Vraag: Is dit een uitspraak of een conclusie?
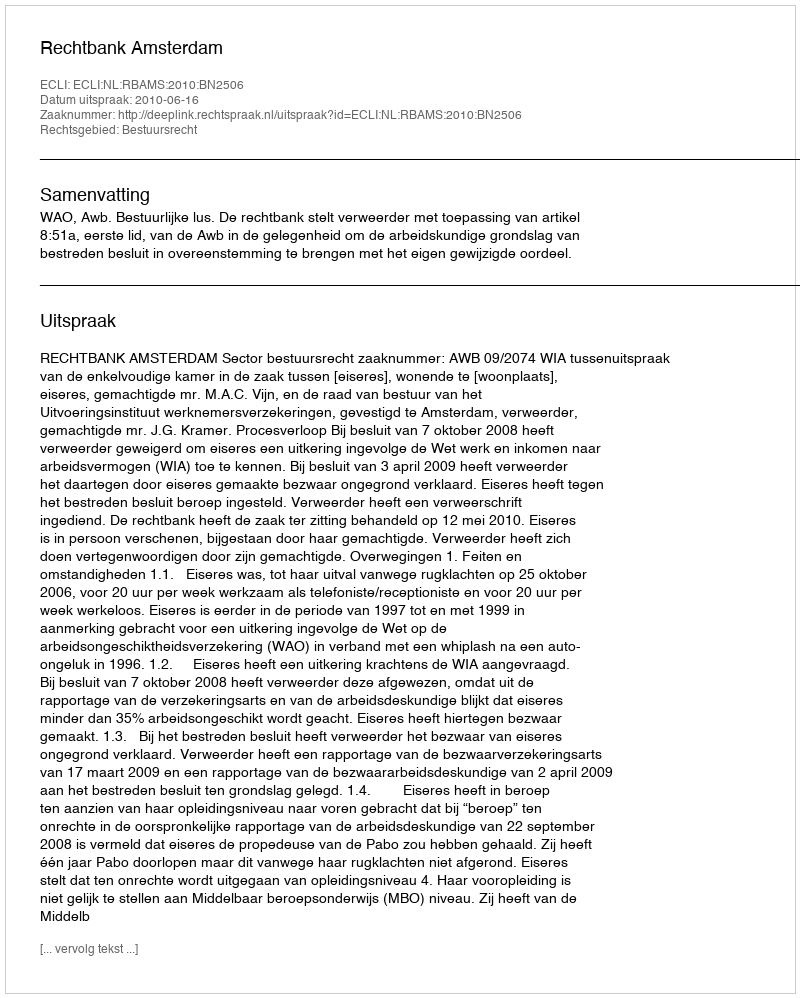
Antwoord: Uitspraak